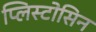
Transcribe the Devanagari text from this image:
प्लिस्टोसिन